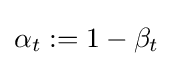
\alpha _{t}:=1-\beta _{t}